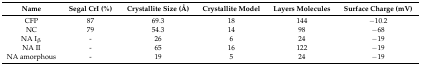
<table><thead><tr><td><b>Name</b></td><td><b>Segal CrI (%)</b></td><td><b>Crystallite Size (Å)</b></td><td><b>Crystallite Model</b></td><td><b>Layers Molecules</b></td><td><b>Surface Charge (mV)</b></td></tr></thead><tbody><tr><td>CFP</td><td>87</td><td>69.3</td><td>18</td><td>144</td><td>−10.2</td></tr><tr><td>NC</td><td>79</td><td>54.3</td><td>14</td><td>98</td><td>−68</td></tr><tr><td>NA I<sub>β</sub></td><td>-</td><td>26</td><td>6</td><td>24</td><td>−19</td></tr><tr><td>NA II</td><td>-</td><td>65</td><td>16</td><td>122</td><td>−19</td></tr><tr><td>NA amorphous</td><td>-</td><td>19</td><td>5</td><td>24</td><td>−19</td></tr></tbody></table>